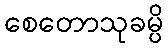
စေတောသုခမ္ပိ